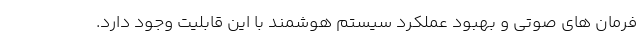
فرمان های صوتی و بهبود عملکرد سیستم هوشمند با این قابلیت وجود دارد.